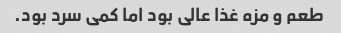
طعم و مزه غذا عالی بود اما کمی سرد بود.